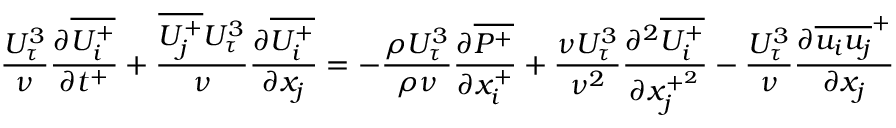
{ \frac { U _ { \tau } ^ { 3 } } { \nu } } { \frac { \partial \overline { { U _ { i } ^ { + } } } } { \partial t ^ { + } } } + \frac { \overline { { U _ { j } ^ { + } } } U _ { \tau } ^ { 3 } } { \nu } \frac { \partial \overline { { U _ { i } ^ { + } } } } { \partial x _ { j } } = - \frac { \rho U _ { \tau } ^ { 3 } } { \rho \nu } \frac { \partial \overline { { P ^ { + } } } } { \partial x _ { i } ^ { + } } + \frac { \nu U _ { \tau } ^ { 3 } } { \nu ^ { 2 } } \frac { \partial ^ { 2 } \overline { { U _ { i } ^ { + } } } } { \partial x _ { j } ^ { + ^ { 2 } } } - \frac { U _ { \tau } ^ { 3 } } { \nu } \frac { \partial \overline { { u _ { i } u _ { j } } } ^ { + } } { \partial x _ { j } }